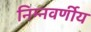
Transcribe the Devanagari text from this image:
निम्नवर्णीय